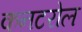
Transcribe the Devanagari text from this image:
कनटरोल